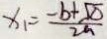
x _ { 1 } = \frac { - b + \sqrt { \Delta } } { 2 n }